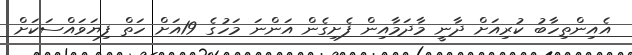
އެއިންތިހާބު ކުރިއަށް ދާނީ މާދަމާއިން ފެށިގެން އަންނަ މަހުގެ 19އަށް ހަތް ފިޔަވައްސަކަށް